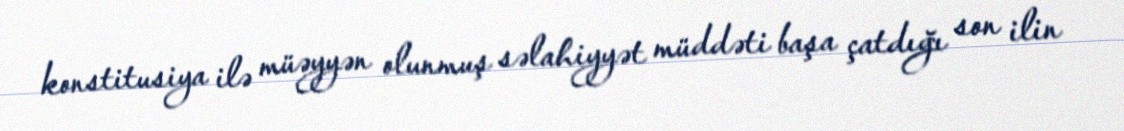
konstitusiya ilə müəyyən olunmuş səlahiyyət müddəti başa çatdığı son ilin